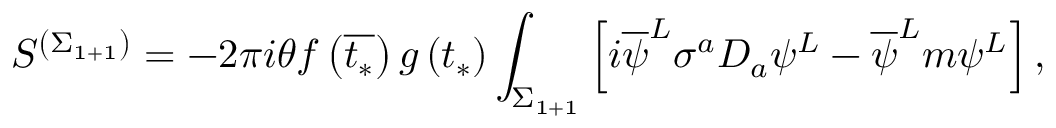
S ^ { \left( \Sigma _ { 1 + 1 } \right) } = - 2 \pi i \theta f \left( \overline { { { t _ { * } } } } \right) g \left( t _ { * } \right) \int _ { \Sigma _ { 1 + 1 } } \left[ i \overline { { { \psi } } } ^ { L } \sigma ^ { a } D _ { a } \psi ^ { L } - \overline { { { \psi } } } ^ { L } m \psi ^ { L } \right] ,